Code of medical and sanitary regulations for the guidance of medical officers serving in the Madras Presidency - Volume I
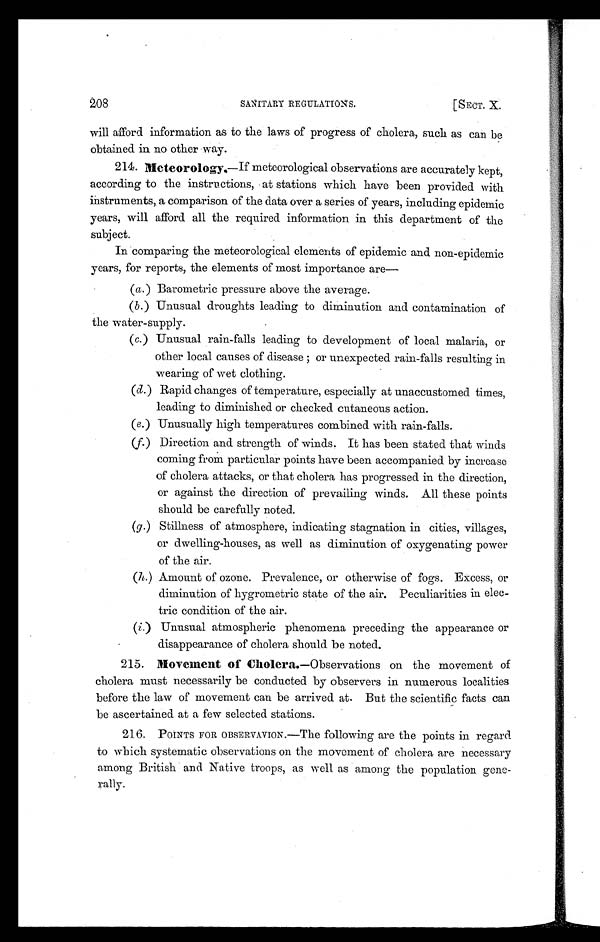
208
SANITARY REGULATIONS.
[SECT. X.
will afford information as to the laws of progress of cholera, such as can be
obtained in no other way.
214. Meteorology.—If meteorological observations are accurately kept,
according to the instructions, at stations which have been provided with
instruments, a comparison of the data over a series of years, including epidemic
years, will afford all the required information in this department of the
subject.
In comparing the meteorological elements of epidemic and non-epidemic
years, for reports, the elements of most importance are—
(a.) Barometric pressure above the average.
(b.) Unusual droughts leading to diminution and contamination of
the water-supply.
( c .
) U n u s u a l r a i n - f a l l s l e a d i n g t o d e v e l o p m e n t o f l o c a l m a l a r i a , o r
other local causes of disease or unexpected rain-falls resulting in
wearing of wet clothing.
(d.) Rapid changes of temperature, especially at unaccustomed times,
leading to diminished or checked cutaneous action.
( e .
) U n u s u a l l y h i g h t e m p e r a t u r e s c o m b i n e d w i t h r a i n - f a l l s .
( f .
) D i r e c t i o n a n d . s t r e n g t h o f w i n d s . I t h a s b e e n s t a t e d t h a t w i n d s
coming from particular points have been accompanied by increase
of cholera attacks, or that cholera has progressed in the direction,
or against the direction of prevailing winds. All these points
should be carefully noted.
( g .
) S t i l l n e s s o f a t m o s p h e r e , i n d i c a t i n g s t a g n a t i o n i n c i t i e s , v i l l a g e s ,
or dwelling-houses, as well as diminution of oxygenating power
of the air.
(h. ) Amount of ozone. Prevalence, or otherwise of fogs. Excess, or
diminution of hygrometric state of the air. Peculiarities in elec-
tric condition of the air.
( i .) Unusual atmospheric phenomena preceding the appearance or
disappearance of cholera should be noted.
215. Movement of Cholera.—Observations on the movement of
cholera must necessarily be conducted by observers in numerous localities
before the law of movement can be arrived at. But the scientific facts can
be ascertained at a few selected stations.
216. POINTS FOR OBSERVAVION.—The following are the points in regard
to which systematic observations on the movement of cholera are necessary
among British and Native troops, as well as among the population gene-
rally.